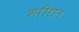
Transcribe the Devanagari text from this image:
शरीरात